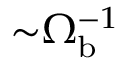
{ \sim } \Omega _ { \mathrm { b } } ^ { - 1 }